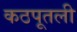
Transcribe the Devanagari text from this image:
कठपूतली